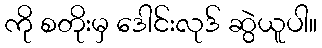
ကို စတိုးမှ ဒေါင်းလုဒ် ဆွဲယူပါ။